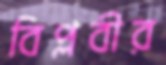
বিপ্লবীর